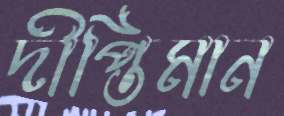
দীপ্তিমান